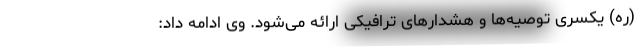
(ره) یکسری توصیه‌ها و هشدارهای ترافیکی ارائه می‌شود. وی ادامه داد: